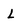
Character: L